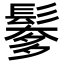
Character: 𩮅